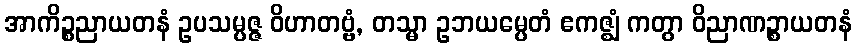
အာကိဉ္စညာယတနံ ဥပသမ္ပဇ္ဇ ဝိဟာတဗ္ဗံ, တသ္မာ ဥဘယမ္ပေတံ ဧကဇ္ဈံ ကတွာ ဝိညာဏဉ္စာယတနံ